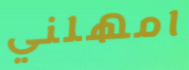
امهلني